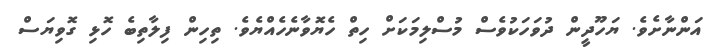
އަންނާށެވެ. ޔަހޫދީން ދުވަހަކުވެސް މުސްލިމަކަށް ހިތް ހެޔޮވާނެހެއްޔެވެ. ތިހިން ފިލާތިބެ ހޮޅި ގޮވިޔަސް